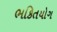
ભકિતયોગ